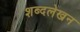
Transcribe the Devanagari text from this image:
शब्दलेखन